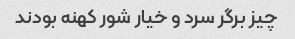
چیز برگر سرد و خیار شور کهنه بودند